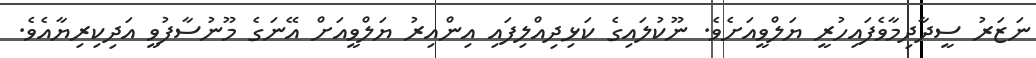
ނަޒަރު ސީދާދިމާވެފައިހުރީ ޔަލްވީއަށެވެ. ނޫކުލައިގެ ކަޅިދިއްލިފައި އިންއިރު ޔަލްވީއަށް އޭނަގެ މޫނުސާފުވީ އަދިކިރިޔާއެވެ.